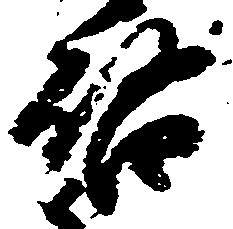
啓